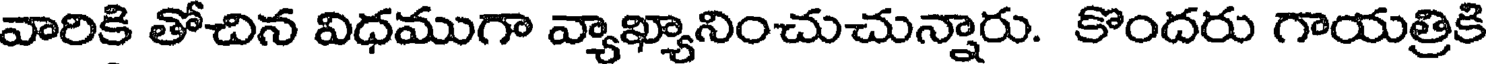
వారికి తోచిన విధముగా వ్యాఖ్యానించుచున్నారు. కొందరు గాయత్రికి